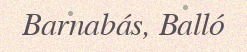
Barnabás, Balló